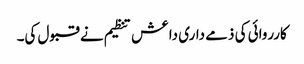
کارروائی کی ذمے داری داعش تنظیم نے قبول کی۔